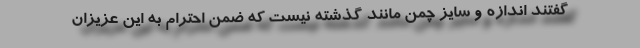
گفتند اندازه و سایز چمن مانند گذشته نیست که ضمن احترام به این عزیزان